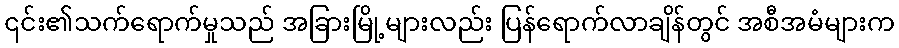
၎င်း၏သက်ရောက်မှုသည် အခြားမြို့များလည်း ပြန်ရောက်လာချိန်တွင် အစီအမံများက